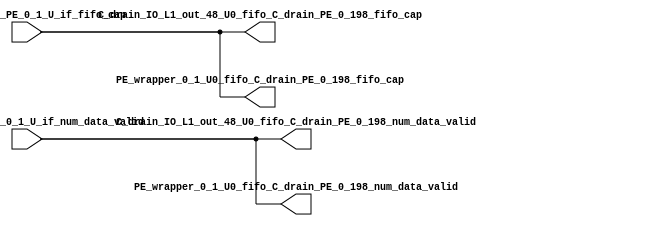
// ==================================================
// RTL generated by RapidStream
//
// Copyright 2024 RapidStream Design Automation, Inc.
// All Rights Reserved.
// ==================================================
`timescale 1 ns / 1 ps
module __rs_kernel3_aux_split_aux_96 #(
    parameter C_S_AXI_CONTROL_DATA_WIDTH  = 32,
    parameter C_S_AXI_CONTROL_ADDR_WIDTH  = 6,
    parameter C_S_AXI_DATA_WIDTH          = 32,
    parameter C_M_AXI_GMEM_A_ID_WIDTH     = 1,
    parameter C_M_AXI_GMEM_A_ADDR_WIDTH   = 64,
    parameter C_M_AXI_GMEM_A_DATA_WIDTH   = 512,
    parameter C_M_AXI_GMEM_A_AWUSER_WIDTH = 1,
    parameter C_M_AXI_GMEM_A_ARUSER_WIDTH = 1,
    parameter C_M_AXI_GMEM_A_WUSER_WIDTH  = 1,
    parameter C_M_AXI_GMEM_A_RUSER_WIDTH  = 1,
    parameter C_M_AXI_GMEM_A_BUSER_WIDTH  = 1,
    parameter C_M_AXI_GMEM_A_USER_VALUE   = 0,
    parameter C_M_AXI_GMEM_A_PROT_VALUE   = 0,
    parameter C_M_AXI_GMEM_A_CACHE_VALUE  = 3,
    parameter C_M_AXI_DATA_WIDTH          = 32,
    parameter C_M_AXI_GMEM_B_ID_WIDTH     = 1,
    parameter C_M_AXI_GMEM_B_ADDR_WIDTH   = 64,
    parameter C_M_AXI_GMEM_B_DATA_WIDTH   = 512,
    parameter C_M_AXI_GMEM_B_AWUSER_WIDTH = 1,
    parameter C_M_AXI_GMEM_B_ARUSER_WIDTH = 1,
    parameter C_M_AXI_GMEM_B_WUSER_WIDTH  = 1,
    parameter C_M_AXI_GMEM_B_RUSER_WIDTH  = 1,
    parameter C_M_AXI_GMEM_B_BUSER_WIDTH  = 1,
    parameter C_M_AXI_GMEM_B_USER_VALUE   = 0,
    parameter C_M_AXI_GMEM_B_PROT_VALUE   = 0,
    parameter C_M_AXI_GMEM_B_CACHE_VALUE  = 3,
    parameter C_M_AXI_GMEM_C_ID_WIDTH     = 1,
    parameter C_M_AXI_GMEM_C_ADDR_WIDTH   = 64,
    parameter C_M_AXI_GMEM_C_DATA_WIDTH   = 512,
    parameter C_M_AXI_GMEM_C_AWUSER_WIDTH = 1,
    parameter C_M_AXI_GMEM_C_ARUSER_WIDTH = 1,
    parameter C_M_AXI_GMEM_C_WUSER_WIDTH  = 1,
    parameter C_M_AXI_GMEM_C_RUSER_WIDTH  = 1,
    parameter C_M_AXI_GMEM_C_BUSER_WIDTH  = 1,
    parameter C_M_AXI_GMEM_C_USER_VALUE   = 0,
    parameter C_M_AXI_GMEM_C_PROT_VALUE   = 0,
    parameter C_M_AXI_GMEM_C_CACHE_VALUE  = 3,
    parameter C_S_AXI_CONTROL_WSTRB_WIDTH = 4,
    parameter C_S_AXI_WSTRB_WIDTH         = 4,
    parameter C_M_AXI_GMEM_A_WSTRB_WIDTH  = 64,
    parameter C_M_AXI_WSTRB_WIDTH         = 4,
    parameter C_M_AXI_GMEM_B_WSTRB_WIDTH  = 64,
    parameter C_M_AXI_GMEM_C_WSTRB_WIDTH  = 64
) (
    output wire [1:0] C_drain_IO_L1_out_48_U0_fifo_C_drain_PE_0_198_fifo_cap,
    output wire [1:0] C_drain_IO_L1_out_48_U0_fifo_C_drain_PE_0_198_num_data_valid,
    output wire [1:0] PE_wrapper_0_1_U0_fifo_C_drain_PE_0_198_fifo_cap,
    output wire [1:0] PE_wrapper_0_1_U0_fifo_C_drain_PE_0_198_num_data_valid,
    input wire  [1:0] fifo_C_drain_PE_0_1_U_if_fifo_cap,
    input wire  [1:0] fifo_C_drain_PE_0_1_U_if_num_data_valid
);
assign C_drain_IO_L1_out_48_U0_fifo_C_drain_PE_0_198_fifo_cap = fifo_C_drain_PE_0_1_U_if_fifo_cap;
assign C_drain_IO_L1_out_48_U0_fifo_C_drain_PE_0_198_num_data_valid = fifo_C_drain_PE_0_1_U_if_num_data_valid;
assign PE_wrapper_0_1_U0_fifo_C_drain_PE_0_198_fifo_cap = fifo_C_drain_PE_0_1_U_if_fifo_cap;
assign PE_wrapper_0_1_U0_fifo_C_drain_PE_0_198_num_data_valid = fifo_C_drain_PE_0_1_U_if_num_data_valid;
endmodule